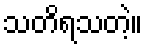
သတိရသတဲ့။